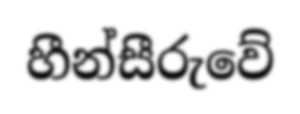
හීන්සීරුවේ